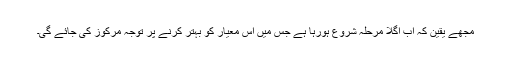
مجھے یقین کہ اب اگلا مرحلہ شروع ہورہا ہے جس میں اس معیار کو بہتر کرنے پر توجہ مرکوز کی جائے گی۔